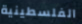
الفلسطينية